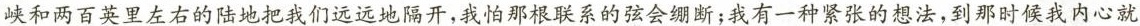
峡和两百英里左右的陆地把我们远远地隔开，我怕那根联系的弦会绷断；我有一种紧张的想法，到那时候我内心就